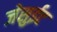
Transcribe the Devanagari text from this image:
जेसुईट